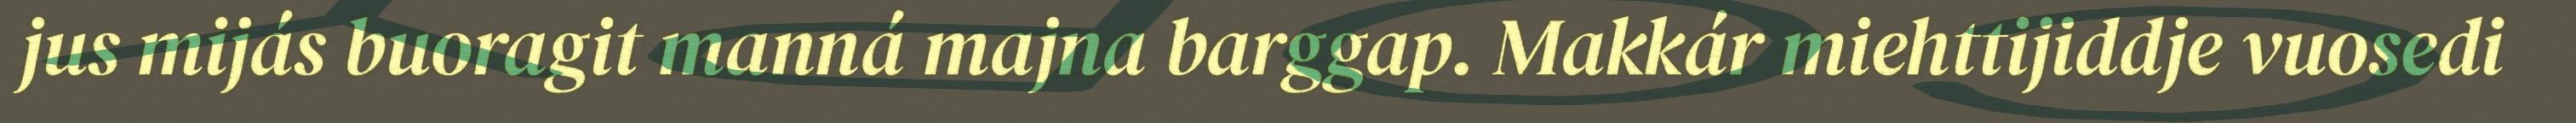
jus mijás buoragit manná majna barggap. Makkár miehttijiddje vuosedi